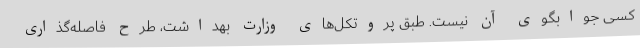
کسی جوابگوی آن نیست. طبق پروتکل‌های وزارت بهداشت، طرح فاصله‌گذاری